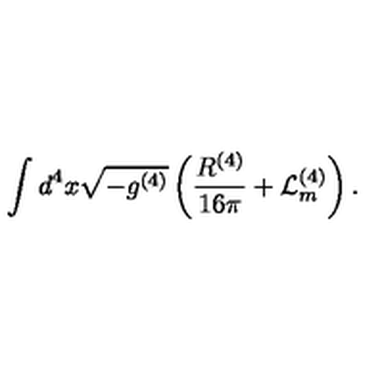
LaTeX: \int d ^ { 4 } x \sqrt { - g ^ { ( 4 ) } } \left( \frac { R ^ { ( 4 ) } } { 1 6 \pi } + \mathcal { L } _ { m } ^ { ( 4 ) } \right) .